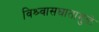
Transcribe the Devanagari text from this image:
विश्र्वासघातामुळे